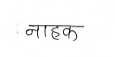
मजकूर: नाहक